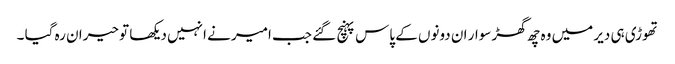
تھوڑی ہی دیر میں وہ چھ گھڑ سوار ان دونوں کے پاس پہنچ گئے جب امیر نے انہیں دیکھا تو حیران رہ گیا ۔